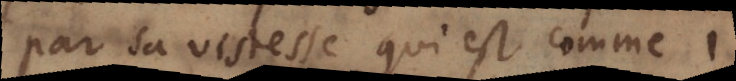
ar sa vistesse qui est comme